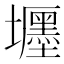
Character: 壥